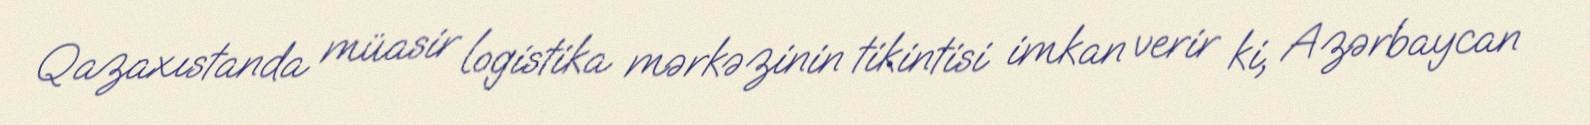
Qazaxıstanda müasir logistika mərkəzinin tikintisi imkan verir ki, Azərbaycan